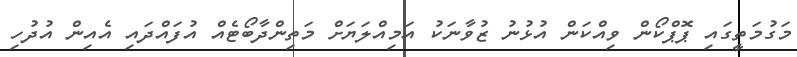
މަގުމަތީގައި ޕޮޕްކޯން ވިއްކަން އުޅުނު ޒުވާނަކު އަމިއްލަޔަށް މަތިންދާބޯޓެއް އުފައްދައި އެއިން އުދުހި